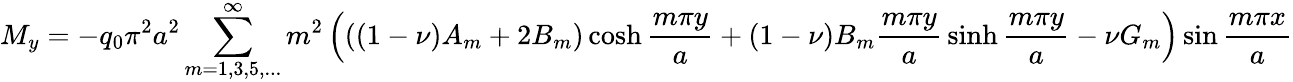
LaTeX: M_{y}=-q_{0}\pi^{2}a^{2}\sum_{m=1,3,5,...}^{\infty}m^{2}\left(\left(\left(1-\nu\right)A_{m}+2B_{m}\right)\cosh{\frac{m\pi y}{a}}+\left(1-\nu\right)B_{m}{\frac{m\pi y}{a}}\sinh{\frac{m\pi y}{a}}-\nu G_{m}\right)\sin{\frac{m\pi x}{a}}